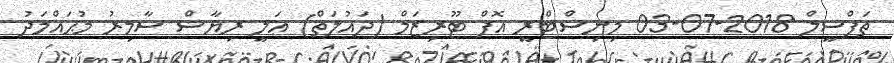
ތަފްސީލް 2018-07-03 މިނިސްޓްރީ އޮފް ޓޫރިޒަމް (ދައުލަތް) ޢަލީ ރިޔާޟް ސާމިރު މުޙައްމަދު